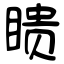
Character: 瞆